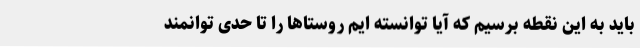
باید به این نقطه برسیم که آیا توانسته ایم روستاها را تا حدی توانمند